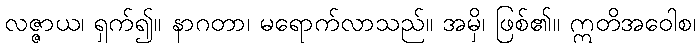
လဇ္ဇာယ၊ ရှက်၍။ နာဂတာ၊ မရောက်လာသည်။ အမှိ၊ ဖြစ်၏။ ဣတိအဝေါစ၊